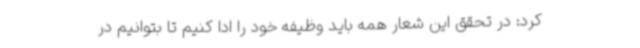
کرد: در تحقق این شعار همه باید وظیفه خود را ادا کنیم تا بتوانیم در